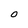
Character: O